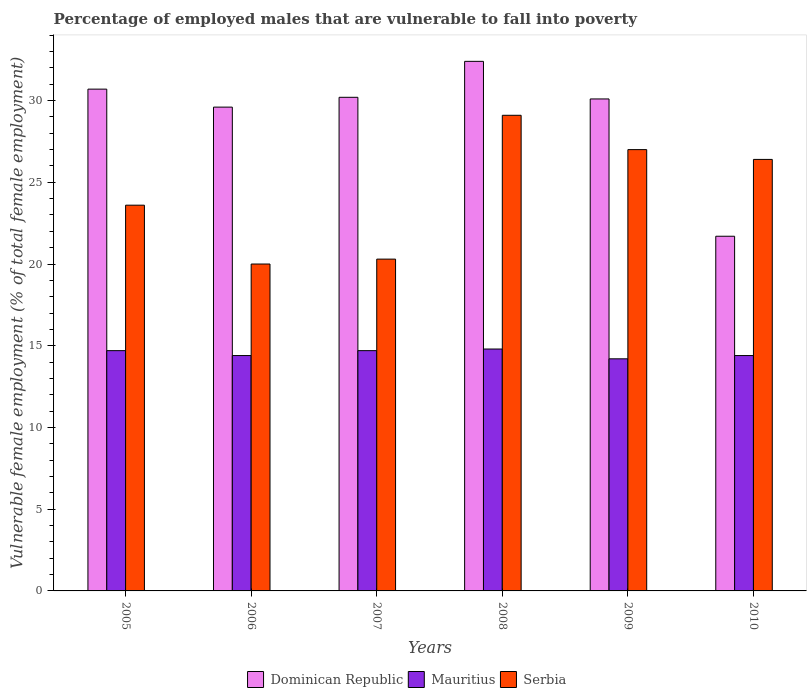
| Years | Dominican Republic | Mauritius | Serbia |
 | --- | --- | --- | --- |
 | 2005 | 30.7 | 14.7 | 23.6 |
 | 2006 | 29.6 | 14.4 | 20 |
 | 2007 | 30.2 | 14.7 | 20.3 |
 | 2008 | 32.4 | 14.8 | 29.1 |
 | 2009 | 30.1 | 14.2 | 27 |
 | 2010 | 21.7 | 14.4 | 26.4 |